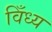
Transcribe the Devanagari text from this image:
विँध्य